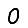
Digit: 0